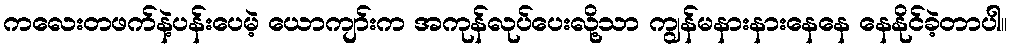
ကလေးတဖက်နဲ့ပန်းပေမဲ့ ယောကျာ်းက အကုန်လုပ်ပေးလို့သာ ကျွန်မနားနားနေနေ နေနိုင်ခဲ့တာပါ။